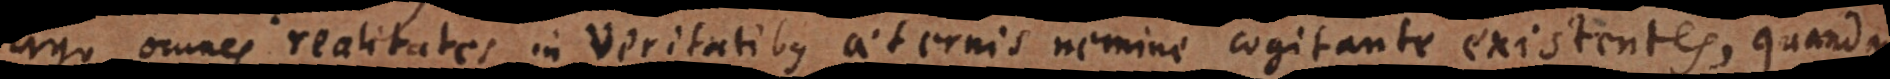
Ergo omnes realitates in Veritatibus aeternis nemine cogitante existentes, quand